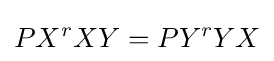
PX^{r}XY=PY^{r}YX